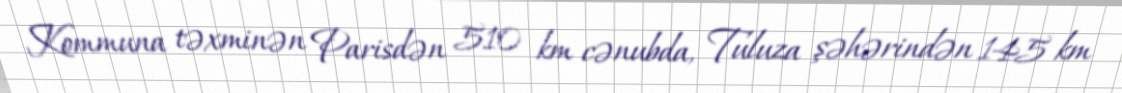
Kommuna təxminən Parisdən 510 km cənubda, Tuluza şəhərindən 145 km